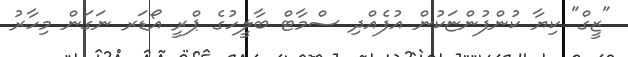
"ޒީގް" ކިޔާ ކުންފުންޏަކުން އުފެއްދި ސްމާޓް ބާލީހުގެ ޕްރީ އޯޑަރ ނަގަން މިހާރު